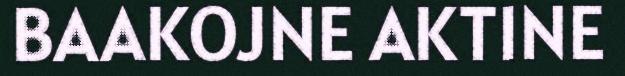
BAAKOJNE AKTINE